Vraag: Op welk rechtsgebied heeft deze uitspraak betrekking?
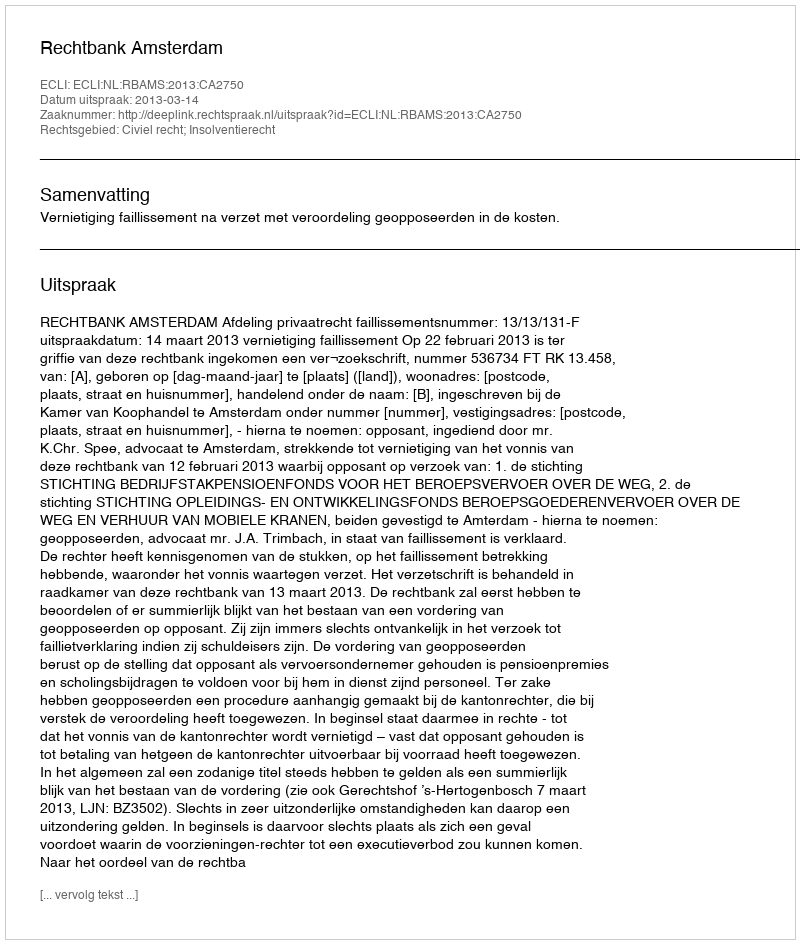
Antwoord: Civiel recht; Insolventierecht